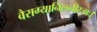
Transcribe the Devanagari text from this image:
वैराग्यानिलनीरजाः।